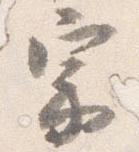
宗